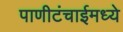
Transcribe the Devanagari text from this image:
पाणीटंचाईमध्ये